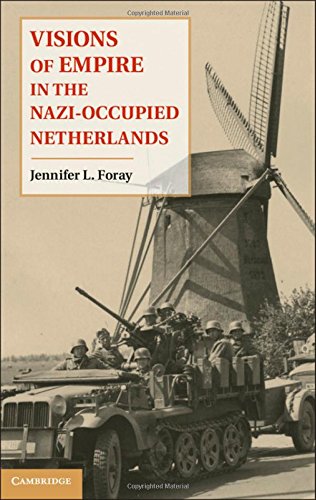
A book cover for Visions of Empire in the Nazi-Occupied Netherlands; Jennifer L. Foray; History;